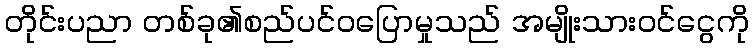
တိုင်းပညာ တစ်ခု၏စည်ပင်ဝပြောမှုသည် အမျိုးသားဝင်ငွေကို